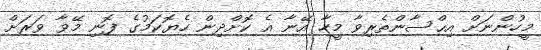
މީހުންނަށް އިޙްސާންތެރިވާ މީހާ އޭނާ އެ ކޮށްދިން ހެޔޮކަމުގެ ފޮނި މޭވާ ވަރަށް